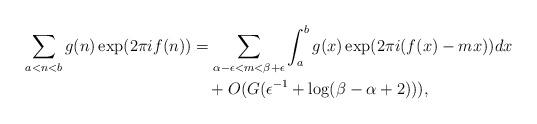
LaTeX: \begin{align*}\sum_{a<n<b} g(n) \exp(2\pi if(n)) &=\sum_{\alpha-\epsilon<m<\beta+\epsilon}\int_a^b g(x) \exp(2\pi i (f(x)-mx)) dx \\&\quad+O(G(\epsilon^{-1}+\log (\beta-\alpha+2))),\end{align*}